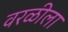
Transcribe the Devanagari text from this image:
वरळीला